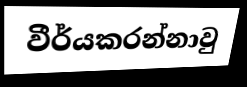
වීර්යකරන්නාවු